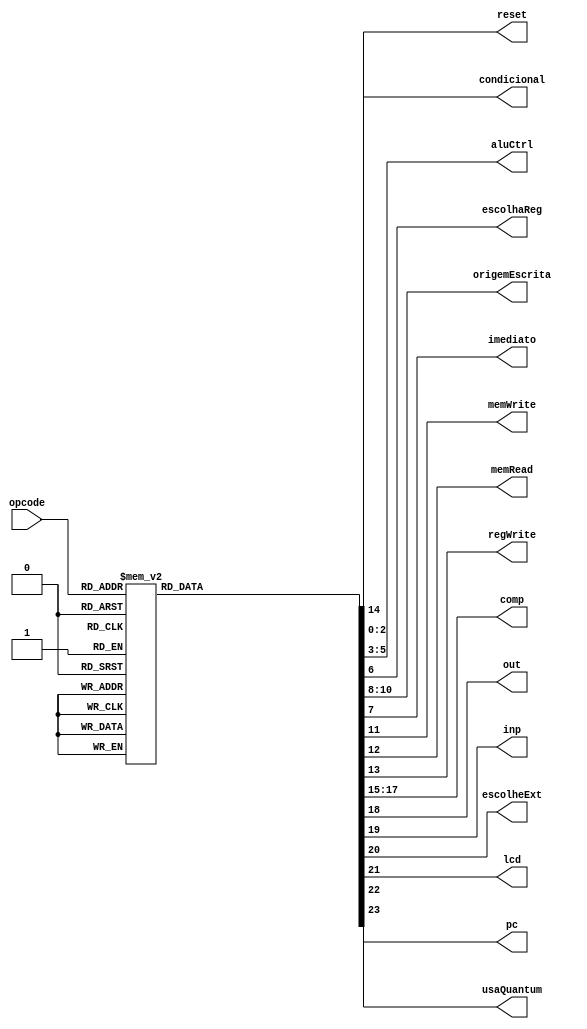
module unidadeControle(opcode, reset, condicional, aluCtrl, escolhaReg, origemEscrita, imediato, memWrite, memRead, regWrite, comp, out, inp, escolheExt, lcd, usaQuantum, pc);

input [4:0] opcode;

//SINAIS DE SADA
output reg [2:0] condicional; //10 - jump e 01 - branch
output reg [2:0] aluCtrl; //ula recebe
output reg escolhaReg; //escrita ou no RT(1) ou no RD(0)
output reg imediato; //1 de a operao for com o imediato, 0 se for com o RT
output reg [2:0]origemEscrita; // se vem da ula ou da memria
output reg memWrite; //se existe escrita
output reg memRead; // se existe leitura
output reg regWrite; //se existe escrita nos registradores
output reg reset; //resetar propriamente
output reg [2:0] comp; // flag para indicar para a ULA que a operaao eh de comparaao
output reg out; // indica que haver impressao da sada
output reg inp; // indica que haver leitura da entrada
output reg escolheExt; // escolhe entre duas entradas para o extensor de bit
output reg lcd;
output reg usaQuantum;
output reg pc;

always @(opcode)
begin
	case(opcode)
		5'b00000: //add
		begin
			condicional = 2'b00; //no tem jump ou branch
			aluCtrl = 3'b000; //cdigo da soma
			escolhaReg = 2'b00; // escreve em RD
			imediato = 0; // no usa imediato, e sim RT
			origemEscrita = 2'b01; //valor vem da ULA
			memWrite = 0; //no escreve na memria
			memRead = 0; //no le da memria
			regWrite = 1; //escreve nos registradores
			reset = 0; //no reseta
			comp = 3'b000; // nao compara
			out = 0;
			inp = 0;
			escolheExt = 0;
			lcd = 2'b00;
			usaQuantum = 0; pc = 0;
		end

		5'b00001: //addi
		begin
			condicional = 2'b00; //no tem jump ou branch
			aluCtrl = 3'b000; //cdigo da soma
			escolhaReg = 2'b01; // escreve em RT
			imediato = 1; // usa imediato
			origemEscrita = 2'b01; //valor vem da ULA
			memWrite = 0; //no escreve na memria
			memRead = 0; //no le da memria
			regWrite = 1; //escreve nos registradores
			reset = 0; //no reseta
			comp = 3'b000; // nao compara
			out = 0;
			inp = 0;
			escolheExt = 0;
			lcd = 2'b00;
			usaQuantum = 0; pc = 0;
		end

		5'b00010: //sub
		begin
			condicional = 2'b00; //no tem jump ou branch
			aluCtrl = 3'b001; //cdigo da subtrao
			escolhaReg = 2'b00; // escreve em RD
			imediato = 0; // no usa imediato
			origemEscrita = 2'b01; //valor vem da ULA
			memWrite = 0; //no escreve na memria
			memRead = 0; //no le da memria
			regWrite = 1; //escreve nos registradores
			reset = 0; //no reseta
			comp = 3'b000; // nao compara
			out = 0;
			inp = 0;
			escolheExt = 0;
			lcd = 2'b00;
			usaQuantum = 0; pc = 0;
		end

		5'b00011: //subi
		begin
			condicional = 2'b00; //no tem jump ou branch
			aluCtrl = 3'b001; //cdigo da subtrao
			escolhaReg = 2'b01; // escreve em RT
			imediato = 1; // usa imediato
			origemEscrita = 2'b01; //valor vem da ULA
			memWrite = 0; //no escreve na memria
			memRead = 0; //no le da memria
			regWrite = 1; //escreve nos registradores
			reset = 0; //no reseta
			comp = 3'b000; // nao compara
			out = 0;
			inp = 0;
			escolheExt = 0;
			lcd = 2'b00;
			usaQuantum = 0; pc = 0;
		end

		5'b00100: //or
		begin
			condicional = 2'b00; //no tem jump ou branch
			aluCtrl = 3'b011; //cdigo do "ou"
			escolhaReg = 2'b00; // escreve em RD
			imediato = 0; // no usa imediato
			origemEscrita = 2'b01; //valor vem da ULA
			memWrite = 0; //no escreve na memria
			memRead = 0; //no le da memria
			regWrite = 1; //escreve nos registradores
			reset = 0; //no reseta
			comp = 3'b000; // nao compara
			out = 0;
			inp = 0;
			escolheExt = 0;
			lcd = 2'b00;
			usaQuantum = 0; pc = 0;
		end

		5'b00101: //ori
		begin
			condicional = 2'b00; //no tem jump ou branch
			aluCtrl = 3'b000; //cdigo do "ou"
			escolhaReg = 2'b01; // escreve em RT
			imediato = 1; // usa imediato
			origemEscrita = 2'b01; //valor vem da ULA
			memWrite = 0; //no escreve na memria
			memRead = 0; //no le da memria
			regWrite = 1; //escreve nos registradores
			reset = 0; //no reseta
			comp = 3'b000; // nao compara
			out = 0;
			inp = 0;
			escolheExt = 0;
			lcd = 2'b00;
			usaQuantum = 0; pc = 0;
		end

		5'b00110: //and
		begin
			condicional = 2'b00; //no tem jump ou branch
			aluCtrl = 3'b010; //cdigo do "e"
			escolhaReg = 2'b00; // escreve em RD
			imediato = 0; // no usa imediato
			origemEscrita = 2'b01; //valor vem da ULA
			memWrite = 0; //no escreve na memria
			memRead = 0; //no le da memria
			regWrite = 1; //escreve nos registradores
			reset = 0; //no reseta
			comp = 3'b000; // nao compara
			out = 0;
			inp = 0;
			escolheExt = 0;
			lcd = 2'b00;
			usaQuantum = 0; pc = 0;
		end

		5'b00111: //andi
		begin
			condicional = 2'b00; //no tem jump ou branch
			aluCtrl = 3'b010; //cdigo do "e"
			escolhaReg = 2'b01; // escreve em RT
			imediato = 1; // usa imediato
			origemEscrita = 2'b01; //valor vem da ULA
			memWrite = 0; //no escreve na memria
			memRead = 0; //no le da memria
			regWrite = 1; //escreve nos registradores
			reset = 0; //no reseta
			comp = 3'b000; // nao compara
			out = 0;
			inp = 0;
			escolheExt = 0;
			lcd = 2'b00;
			usaQuantum = 0; pc = 0;
		end

		5'b01000: //jump (ula = 111)
		begin
			condicional = 2'b01; //tem jump
			aluCtrl = 3'b111; //cdigo do "move"
			escolhaReg = 2'b01; // escreve em RT
			imediato = 1; // usa imediato
			origemEscrita = 2'b01; //valor vem da ULA
			memWrite = 0; //no escreve na memria
			memRead = 0; //no le da memria
			regWrite = 0; //no escreve nos registradores
			reset = 0; //no reseta
			comp = 3'b000; // nao compara
			out = 0;
			inp = 0;
			escolheExt = 0;
			lcd = 2'b00;
			usaQuantum = 0; pc = 0;
		end

		5'b01001: //lw
		begin
			condicional = 2'b00; //no tem jump ou branch
			aluCtrl = 3'b000; //cdigo de soma
			escolhaReg = 2'b01; // escreve em RT
			imediato = 1; // usa imediato
			origemEscrita = 2'b00; //valor vem da MEMRIA
			memWrite = 0; //no escreve na memria
			memRead = 1; //le da memria
			regWrite = 1; //escreve nos registradores
			reset = 0; //no reseta
			comp = 3'b000; // nao compara
			out = 0;
			inp = 0;
			escolheExt = 0;
			lcd = 2'b00;
			usaQuantum = 0; pc = 0;
		end

		5'b01010: //sw
		begin
			condicional = 2'b00; //no tem jump ou branch
			aluCtrl = 3'b000; //cdigo de soma
			escolhaReg = 2'b01; // escreve em RT
			imediato = 1; // usa imediato
			origemEscrita = 2'b00; //valor vem da MEMRIA
			memWrite = 1; //escreve na memria
			memRead = 0; //no le da memria
			regWrite = 0; //no escreve nos registradores
			reset = 0; //no reseta
			comp = 3'b000; // nao compara
			out = 0;
			inp = 0;
			escolheExt = 0;
			lcd = 2'b00;
			usaQuantum = 0; pc = 0;
		end

		5'b01011: //mult(ula = 100)
		begin
			condicional = 2'b00; //no tem jump ou branch
			aluCtrl = 3'b100; //cdigo de multiplicao
			escolhaReg = 2'b00; // escreve em RD
			imediato = 0; // no usa imediato
			origemEscrita = 2'b01; //valor vem da ULA
			memWrite = 0; //no escreve na memria
			memRead = 0; //no le da memria
			regWrite = 1; //escreve nos registradores
			reset = 0; //no reseta
			comp = 3'b000; // nao compara
			out = 0;
			inp = 0;
			escolheExt = 0;
			lcd = 2'b00;
			usaQuantum = 0; pc = 0;
		end

		5'b01100: //multi(ula = 100)
		begin
			condicional = 2'b00; //no tem jump ou branch
			aluCtrl = 3'b100; //cdigo de multiplicao
			escolhaReg = 2'b01; // escreve em RT
			imediato = 1; // usa imediato
			origemEscrita = 2'b01; //valor vem da ULA
			memWrite = 0; //no escreve na memria
			memRead = 0; //no le da memria
			regWrite = 1; //escreve nos registradores
			reset = 0; //no reseta
			comp = 3'b000; // nao compara
			out = 0;
			inp = 0;
			escolheExt = 0;
			lcd = 2'b00;
			usaQuantum = 0; pc = 0;
		end

		5'b01101: //beq(ula = 101)
		begin
			condicional = 2'b10; //tem branch
			aluCtrl = 3'b111; //cdigo do branch
			escolhaReg = 2'b01; // escreve em RT
			imediato = 0; // no usa imediato
			origemEscrita = 2'b01; //valor vem da ULA
			memWrite = 0; //no escreve na memria
			memRead = 0; //no le da memria
			regWrite = 0; //no escreve nos registradores
			reset = 0; //no reseta
			comp = 3'b001; // compara 1
			out = 0;
			inp = 0;
			escolheExt = 0;
			lcd = 2'b00;
			usaQuantum = 0; pc = 0;
 		end

		5'b01110: //bneq(ula = 110)
		begin
			condicional = 2'b10; //tem branch
			aluCtrl = 3'b111; //cdigo do branch
			escolhaReg = 2'b01; // escreve em RT
			imediato = 0; // no usa imediato
			origemEscrita = 2'b01; //valor vem da ULA
			memWrite = 0; //no escreve na memria
			memRead = 0; //no le da memria
			regWrite = 0; //no escreve nos registradores
			reset = 0; //no reseta
			comp = 3'b010; // compara 1
			out = 0;
			inp = 0;
			escolheExt = 0;
			lcd = 2'b00;
			usaQuantum = 0; pc = 0;
		end

		5'b01111: //move(ula = 111)
		begin
			condicional = 2'b00; //nao tem branch nem jump
			aluCtrl = 3'b111; //cdigo do move
			escolhaReg = 2'b01; // escreve em RT
			imediato = 1; // usa imediato
			origemEscrita = 2'b01; //valor vem da ULA
			memWrite = 0; //no escreve na memria
			memRead = 0; //no le da memria
			regWrite = 1; //escreve nos registradores
			reset = 0; //no reseta
			comp = 3'b000; // nao compara
			out = 0;
			inp = 0;
			escolheExt = 0;
			lcd = 2'b00;
			usaQuantum = 0; pc = 0;
		end

		5'b10000: //halt
		begin
			condicional = 2'b00; //nao tem branch nem jump
			aluCtrl = 3'b111; //cdigo do move
			escolhaReg = 2'b00; // escreve em RD
			imediato = 0; // nao usa imediato
			origemEscrita = 2'b01; //valor vem da ULA
			memWrite = 0; //no escreve na memria
			memRead = 0; //no le da memria
			regWrite = 1; //escreve nos registradores
			reset = 1; //reseta
			comp = 3'b000; // nao compara
			out = 0;
			inp = 0;
			escolheExt = 0;
			lcd = 2'b00;
			usaQuantum = 0; pc = 0;
		end

		5'b10001: //slt
		begin
			condicional = 2'b00; //no tem jump ou branch
			aluCtrl = 3'b111; //cdigo do move
			escolhaReg = 2'b00; // escreve em RD
			imediato = 0; // no usa imediato, e sim RT
			origemEscrita = 2'b01; //valor vem da ULA
			memWrite = 0; //no escreve na memria
			memRead = 0; //no le da memria
			regWrite = 1; //escreve nos registradores
			reset = 0; //no reseta
			comp = 3'b100; // compara 3
			out = 0;
			inp = 0;
			escolheExt = 0;
			lcd = 2'b00;
			usaQuantum = 0; pc = 0;
		end

		5'b10010: //sgt
		begin
			condicional = 2'b00; //no tem jump ou branch
			aluCtrl = 3'b111; //cdigo do move
			escolhaReg = 2'b00; // escreve em RD
			imediato = 0; // no usa imediato, e sim RT
			origemEscrita = 2'b01; //valor vem da ULA
			memWrite = 0; //no escreve na memria
			memRead = 0; //no le da memria
			regWrite = 1; //escreve nos registradores
			reset = 0; //no reseta
			comp = 3'b011; // compara 3
			out = 0;
			inp = 0;
			escolheExt = 0;
			lcd = 2'b00;
			usaQuantum = 0; pc = 0;
		end

		5'b10011: //out
		begin
			condicional = 2'b00; //no tem jump ou branch
			aluCtrl = 3'b000; //cdigo da soma
			escolhaReg = 2'b01; // escreve em RT
			imediato = 1; // usa imediato
			origemEscrita = 2'b01; //valor vem da ULA
			memWrite = 0; //no escreve na memria
			memRead = 0; //no le da memria
			regWrite = 0; //nao escreve nos registradores
			reset = 0; //no reseta
			comp = 3'b000; // nao compara
			out = 1;
			inp = 0;
			escolheExt = 0;
			lcd = 2'b00;
			usaQuantum = 0; pc = 0;
		end

		5'b10100: // beqz
		begin
			condicional = 2'b10; //tem branch
			aluCtrl = 3'b111; //cdigo do branch
			escolhaReg = 2'b00; // escreve em RD // VERIFICAR
			imediato = 0; // no usa imediato
			origemEscrita = 2'b01; //valor vem da ULA
			memWrite = 0; //no escreve na memria
			memRead = 0; //no le da memria
			regWrite = 0; //no escreve nos registradores
			reset = 0; //no reseta
			comp = 3'b101; // compara 5
			out = 0;
			inp = 0;
			escolheExt = 0;
			lcd = 2'b00;
			usaQuantum = 0; pc = 0;
		end

		5'b10101: //div
		begin
			condicional = 2'b00; //no tem jump ou branch
			aluCtrl = 3'b111; //cdigo de multiplicao
			escolhaReg = 2'b00; // escreve em RD
			imediato = 0; // no usa imediato
			origemEscrita = 2'b01; //valor vem da ULA
			memWrite = 0; //no escreve na memria
			memRead = 0; //no le da memria
			regWrite = 1; //escreve nos registradores
			reset = 0; //no reseta
			comp = 3'b110; // nao compara
			out = 0;
			inp = 0;
			escolheExt = 0;
			lcd = 2'b00;
			usaQuantum = 0; pc = 0;
		end

		5'b10110: //nop
		begin
			condicional = 2'b00; //no tem jump ou branch
			aluCtrl = 3'b111; //cdigo de multiplicao
			escolhaReg = 2'b01; // escreve em RD
			imediato = 0; // no usa imediato
			origemEscrita = 2'b01; //valor vem da ULA
			memWrite = 0; //no escreve na memria
			memRead = 0; //no le da memria
			regWrite = 0; //nao escreve nos registradores
			reset = 0; //no reseta
			comp = 3'b000; // nao compara
			out = 0;
			inp = 0;
			escolheExt = 0;
			lcd = 2'b00;
			usaQuantum = 0; pc = 0;
		end

		5'b10111: // beqo - equal one
		begin
			condicional = 2'b10; //tem branch
			aluCtrl = 3'b111; //cdigo do branch
			escolhaReg = 2'b01; // escreve em RT
			imediato = 0; // no usa imediato
			origemEscrita = 2'b01; //valor vem da ULA
			memWrite = 0; //no escreve na memria
			memRead = 0; //no le da memria
			regWrite = 0; //no escreve nos registradores
			reset = 0; //no reseta
			comp = 3'b111; // compara 6
			out = 0;
			inp = 0;
			escolheExt = 0;
			lcd = 2'b00;
			usaQuantum = 0; pc = 0;
		end

		//FORMATO:
		// OPCODE - REG_DEST - 00000 - 000(...)
		5'b11000: // input
		begin
			condicional = 2'b00; //no  tem branch
			aluCtrl = 3'b111; //cdigo do branch
			escolhaReg = 2'b00; // escreve em RD
			imediato = 0; // no usa imediato
			origemEscrita = 2'b01; //valor vem da ULA
			memWrite = 0; //no escreve na memria
			memRead = 0; //no le da memria
			regWrite = 1; //escreve nos registradores
			reset = 0; //no reseta
			comp = 3'b000; // compara 6
			out = 0; // nao e saida
			inp = 1; // tem entrada
			escolheExt = 1;
			lcd = 2'b00;
			usaQuantum = 0; pc = 0;
		end

		5'b11001: // write LCD
		begin
			condicional = 2'b00; //no  tem branch
			aluCtrl = 3'b111; //cdigo do branch
			escolhaReg = 2'b00; // escreve em RD
			imediato = 0; // no usa imediato
			origemEscrita = 2'b01; //valor vem da ULA
			memWrite = 0; //no escreve na memria
			memRead = 0; //no le da memria
			regWrite = 1; //escreve nos registradores
			reset = 0; //no reseta
			comp = 3'b000; // compara 6
			out = 0; // nao e saida
			inp = 1; // tem entrada
			escolheExt = 0;
			lcd = 2'b01;
			usaQuantum = 0; pc = 0;
		end

		5'b11001: // clear LCD
		begin
			condicional = 2'b00; //no  tem branch
			aluCtrl = 3'b111; //cdigo do branch
			escolhaReg = 2'b00; // escreve em RD
			imediato = 0; // no usa imediato
			origemEscrita = 2'b01; //valor vem da ULA
			memWrite = 0; //no escreve na memria
			memRead = 0; //no le da memria
			regWrite = 1; //escreve nos registradores
			reset = 0; //no reseta
			comp = 3'b000; // compara 6
			out = 0; // nao e saida
			inp = 1; // tem entrada
			escolheExt = 0;
			lcd = 2'b10;
			usaQuantum = 0; pc = 0;
		end

		5'b11010: // qtm
		begin
			condicional = 2'b00; //no  tem branch
			aluCtrl = 3'b111; //cdigo do branch
			escolhaReg = 2'b00; // escreve em RD
			imediato = 0; // no usa imediato
			origemEscrita = 2'b01; //valor vem da ULA
			memWrite = 0; //no escreve na memria
			memRead = 0; //no le da memria
			regWrite = 1; //escreve nos registradores
			reset = 0; //no reseta
			comp = 3'b000; // compara 6
			out = 0; // nao e saida
			inp = 1; // tem entrada
			escolheExt = 0;
			lcd = 2'b10;
			usaQuantum = 1; pc = 0;
		end

		5'b11011: // pc
		begin
			condicional = 2'b00; //no  tem branch
			aluCtrl = 3'b111; //cdigo do branch
			escolhaReg = 2'b00; // escreve em RD
			imediato = 0; // no usa imediato
			origemEscrita = 2'b10; //valor vem do resultado do PC
			memWrite = 0; //no escreve na memria
			memRead = 0; //no le da memria
			regWrite = 1; //escreve nos registradores
			reset = 0; //no reseta
			comp = 3'b000; // compara 6
			out = 0; // nao e saida
			inp = 1; // tem entrada
			escolheExt = 0;
			lcd = 2'b10;
			usaQuantum = 1;
			pc = 1;
		end

		default:
		begin
			condicional = 2'b00; //no tem jump ou branch
			aluCtrl = 3'b111; //cdigo do move
			escolhaReg = 2'b01; // escreve em RD
			imediato = 0; // no usa imediato
			origemEscrita = 2'b01; //valor vem da ULA
			memWrite = 0; //no escreve na memria
			memRead = 0; //no le da memria
			regWrite = 0; //nao escreve nos registradores
			reset = 0; //no reseta
			comp = 3'b000; // nao compara
			out = 0;
			inp = 0;
			escolheExt = 0;
			lcd = 2'b00;
			usaQuantum = 0; pc = 0;
		end

	endcase
end

endmodule